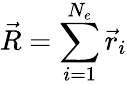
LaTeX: \vec{R}=\sum_{i=1}^{N_{e}}\vec{r}_{i}